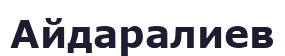
Айдаралиев